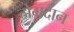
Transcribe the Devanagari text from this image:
दोगदान